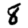
Digit: 8